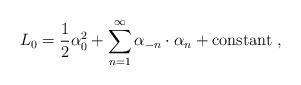
LaTeX: \begin{align*}L_0={1\over2}\alpha_0^2+\sum_{n=1}^\infty\alpha_{-n}\cdot\alpha_n+\mbox{constant}\ ,\end{align*}